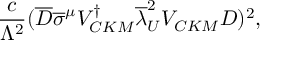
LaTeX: { \frac { c } { \Lambda ^ { 2 } } } ( \overline { { { D } } } { \overline { { \sigma } } } ^ { \mu } V _ { C K M } ^ { \dagger } { \overline { { { \lambda } } } _ { U } ^ { 2 } } V _ { C K M } D ) ^ { 2 } ,